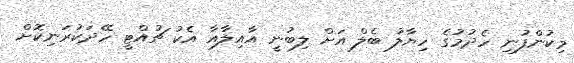
މިކުންފުނި ހެދުމުގެ ހިޔާލު ބެލް އަށް ލިބުނީ އާއިލާއާ އެކު ޗުއްޓީ ހޭދަކުރަނިކޮށް